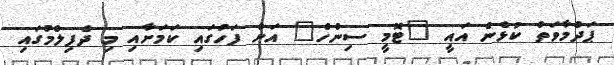
ޕަދްމާވަތް ކުޅެން އައީ "ޓޮމީ ސިންހް" އަށް ފަހުގައި ކަމަށާއި މި ދެފިލްމުގައި